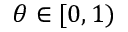
\theta \in [ 0 , 1 )